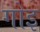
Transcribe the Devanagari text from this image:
गोइ